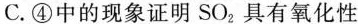
C.④中的现象证明SO_{2}，具有氧化性